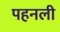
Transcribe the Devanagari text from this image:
पहनली